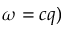
\omega = c q )